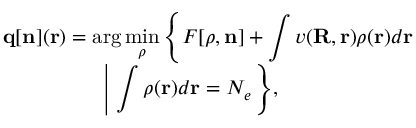
\begin{array} { l } { { \displaystyle { \bf q } [ { \bf n } ] ( { \bf r } ) = \arg \operatorname* { m i n } _ { { \boldsymbol \rho } } \left\{ { \cal F } [ { \boldsymbol \rho } , { \bf n } ] + \int v ( { \bf R , r } ) \rho ( { \bf r } ) d { \bf r } \right. } \ ~ } \\ { { \displaystyle ~ ~ ~ ~ ~ ~ ~ ~ ~ ~ ~ ~ ~ ~ \left. \left\vert ~ \int \rho ( { \bf r } ) d { \bf r } = N _ { e } \right. \right\} } , } \end{array}